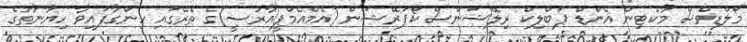
މޯލްޑިވްސް މާކެޓިން އެންޑް ޕަބްލިކް ރިލޭޝަންސް ކޯޕަރޭޝަން (އެމްއެމްޕީއާރުސީ)ގެ ތެރޭގައި ހިންގާފައިވާ ހިޔާނާތުގެ